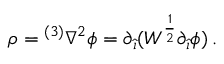
\rho = { } ^ { ( 3 ) } \nabla ^ { 2 } \phi = \partial _ { \hat { \imath } } ( W ^ { \frac { 1 } { 2 } } \partial _ { \hat { \imath } } \phi ) \, .